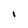
Character: l